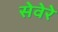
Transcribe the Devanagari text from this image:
सेवेरे